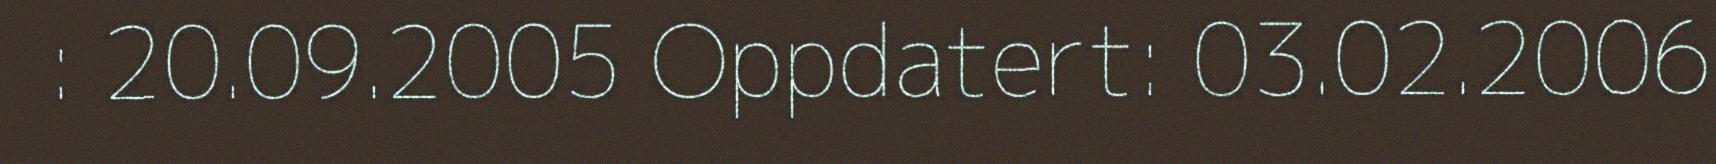
: 20.09.2005 Oppdatert: 03.02.2006